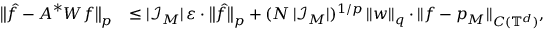
\begin{array} { r l } { \big \| \b { \hat { f } } - \boldsymbol A ^ { * } \boldsymbol W \boldsymbol f \big \| _ { p } } & { \leq | \mathcal I _ { \b { M } } | \, \varepsilon \cdot \big \| \b { \hat { f } } \big \| _ { p } + ( N \, | \mathcal I _ { \b { M } } | ) ^ { 1 / p } \, \| \boldsymbol w \| _ { q } \cdot \| f - p _ { \boldsymbol M } \| _ { C ( \mathbb T ^ { d } ) } , } \end{array}